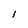
Character: l